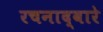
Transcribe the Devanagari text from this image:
रचनाद्वारे